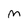
Character: M